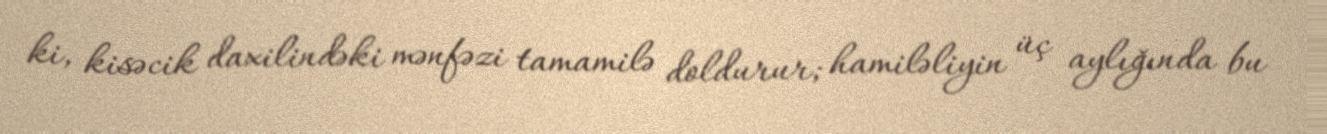
ki, kisəcik daxilindəki mənfəzi tamamilə doldurur; hamiləliyin üç aylığında bu